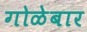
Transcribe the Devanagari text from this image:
गोळेबार